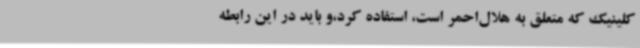
کلینیک که متعلق به هلال‌احمر است، استفاده کرد،و باید در این رابطه